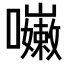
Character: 𡄨